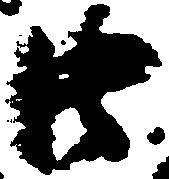
廿